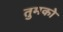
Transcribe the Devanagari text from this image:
तुमकोे